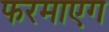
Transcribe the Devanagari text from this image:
फरमाएग